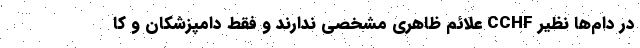
در دام‌ها نظیر CCHF علائم ظاهری مشخصی ندارند و فقط دامپزشکان و کا